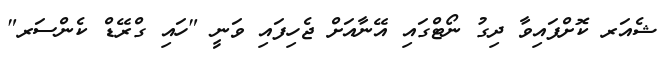
ޝެއަރ ކޮށްފައިވާ ދިގު ނޯޓްގައި އޭނާއަށް ޖެހިފައި ވަނީ "ހައި ގްރޭޑް ކެންސަރ"